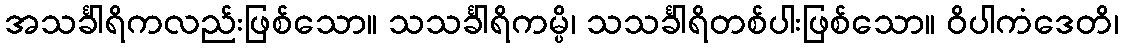
အသင်္ခါရိကလည်းဖြစ်သော။ သသင်္ခါရိကမ္ပိ၊ သသင်္ခါရိတစ်ပါးဖြစ်သော။ ဝိပါကံဒေတိ၊